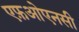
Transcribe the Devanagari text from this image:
एफ़ओएनसी